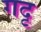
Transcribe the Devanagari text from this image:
गदृ